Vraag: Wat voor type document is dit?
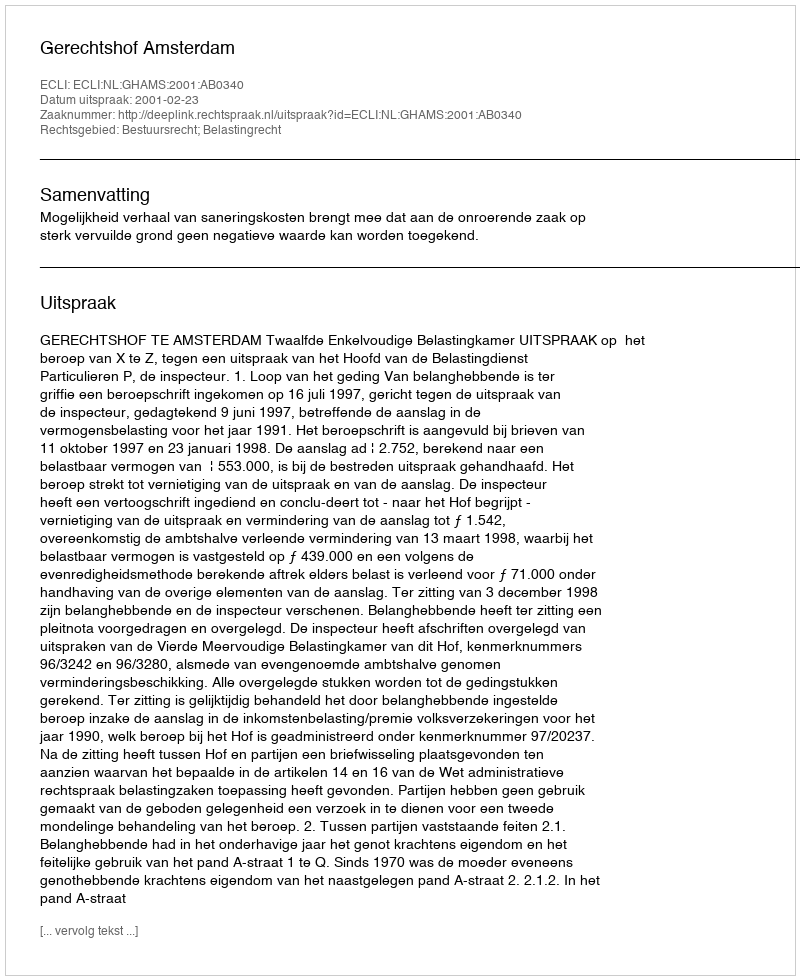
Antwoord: Uitspraak